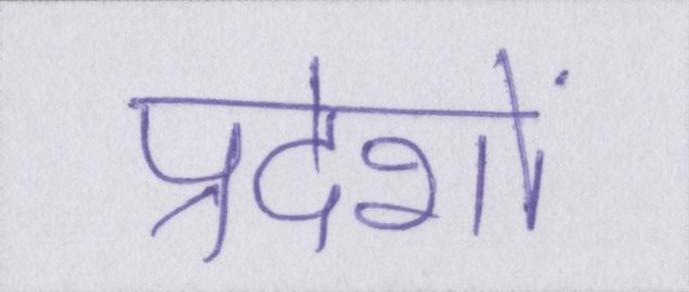
प्रदेशों